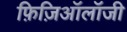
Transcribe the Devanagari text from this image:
फ़िज़िऑलॉजी